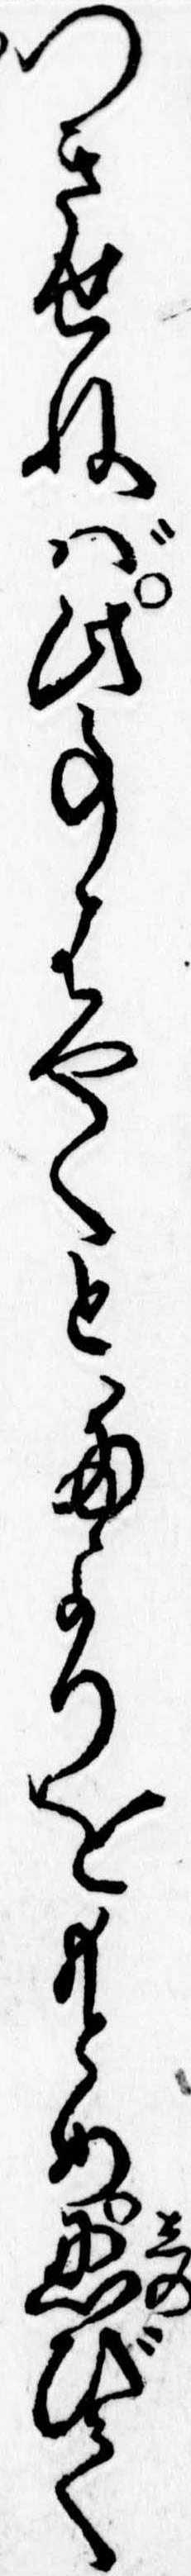
つきせねば此事はやくとたよりをもとめ忍びて